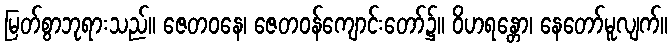
မြတ်စွာဘုရားသည်။ ဇေတဝနေ၊ ဇေတဝန်ကျောင်းတော်၌။ ဝိဟရန္တော၊ နေတော်မူလျက်။